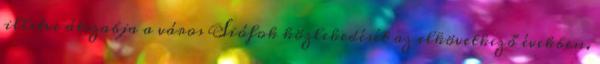
illetve átszabja a város Siófok közlekedését az elkövetkező években.